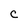
Character: c